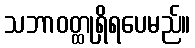
သဘာဝတ္ထုရှိရပေမည်။